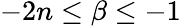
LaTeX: -2n\leq\beta\leq-1